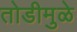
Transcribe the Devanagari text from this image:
तोडीमुळे